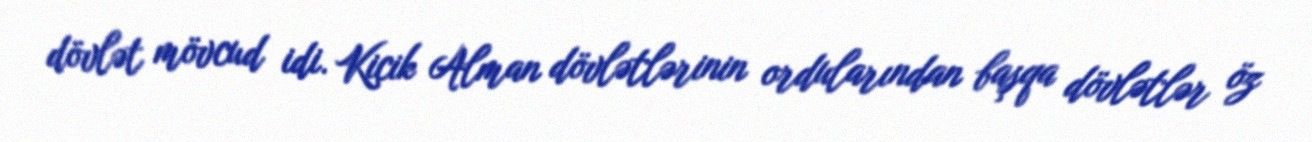
dövlət mövcud idi. Kiçik Alman dövlətlərinin ordularından başqa dövlətlər öz